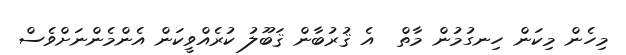
މިހެން މިކަން ހިނގުމުން މާތް  އެ ޤުރުބާން ޤަބޫލު ކުރެއްވީކަން އެންމެންނަށްވެސް